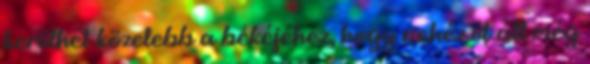
kerülhet közelebb a békéjéhez, hogy nehéz út áll még